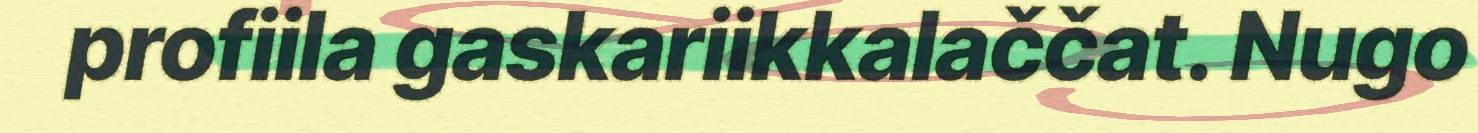
profiila gaskariikkalaččat. Nugo